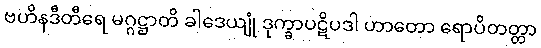
ဗဟိနဒီတီရေ မဂ္ဂဋ္ဌာတိ ခါဒေယျုံ ဒုက္ခာပဋိပဒါ ဟာတော ရောပိတတ္တာ